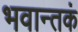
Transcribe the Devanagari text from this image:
भवान्तकं